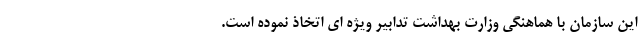
این سازمان با هماهنگی وزارت بهداشت تدابیر ویژه ای اتخاذ نموده است.